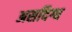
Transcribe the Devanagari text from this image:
असदिग्ध